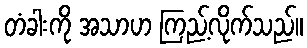
တံခါးကို အသာဟ ကြည့်လိုက်သည်။